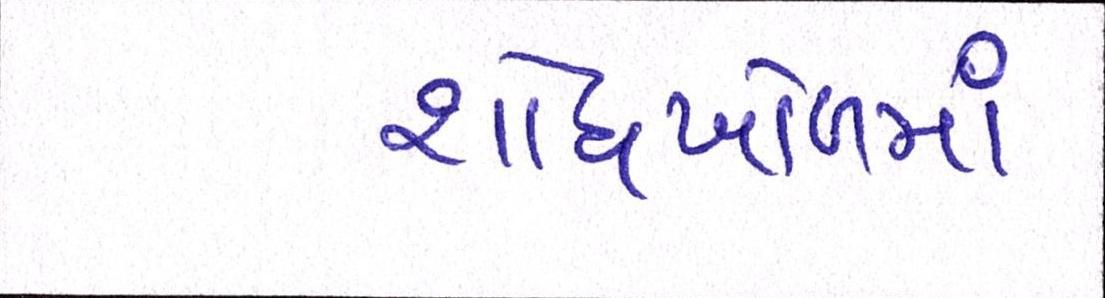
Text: શોધખોળમાં